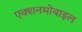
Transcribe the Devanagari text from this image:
एक्शनमोबाइल